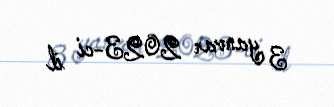
3 yanvar 2023-ci il